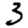
Digit: 3